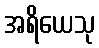
အရိယေသု